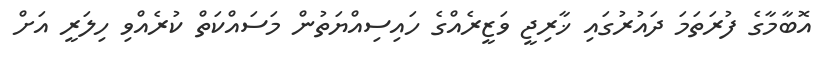
އޮބާމާގެ ފުރަތަމަ ދައުރުގައި ޚާރިޖީ ވަޒީރެއްގެ ހައިސިއްޔަތުން މަސައްކަތް ކުރެއްވި ހިލަރީ އަށް